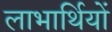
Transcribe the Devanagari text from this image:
लाभार्थियों